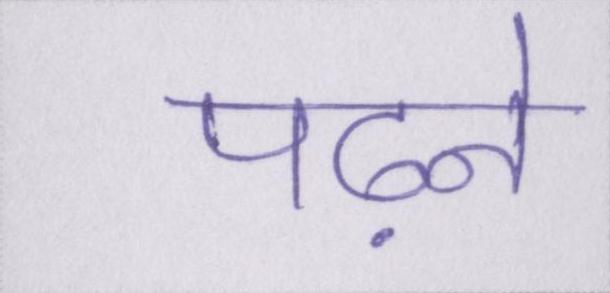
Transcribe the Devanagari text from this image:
पढ़ने